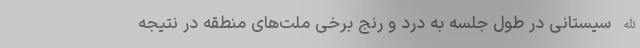
الله سیستانی در طول جلسه به درد و رنج برخی ملت‌های منطقه در نتیجه